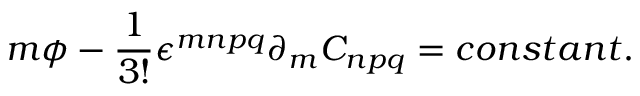
m \phi - \frac { 1 } { 3 ! } \epsilon ^ { m n p q } \partial _ { m } C _ { n p q } = c o n s t a n t .